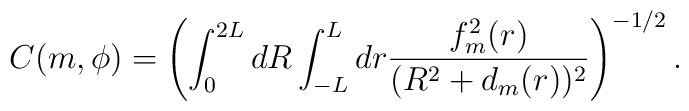
C(m,{\phi}) =\left(\int_0^{2L} dR \int_{-L}^{L} dr\frac{f_m^2(r)}{(R^2 + d_m(r))^2} \right)^{-1/2}.